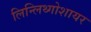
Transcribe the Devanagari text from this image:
लिन्लिथ्गोशायर